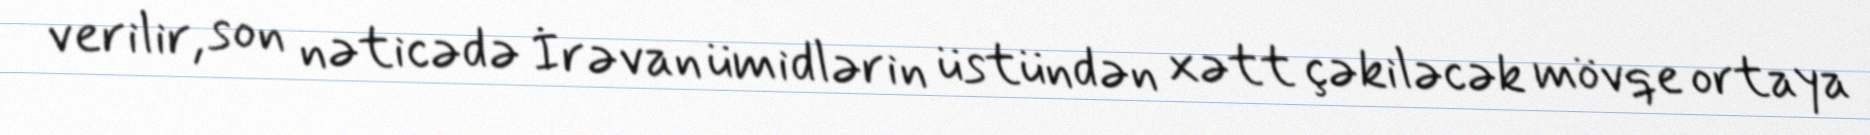
verilir, son nəticədə İrəvan ümidlərin üstündən xətt çəkiləcək mövqe ortaya